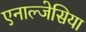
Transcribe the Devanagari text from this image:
एनाल्जेसिया